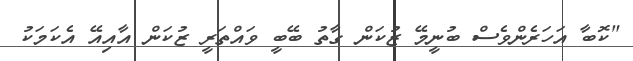
"ކޮބާ އަހަރެންވެސް ބުނީމޭ ޒުކަން ގާތު ބޭބީ ވައްތަރީ ޒުކަން އާއިއޭ އެކަމަކު